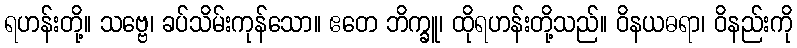
ရဟန်းတို့။ သဗ္ဗေ၊ ခပ်သိမ်းကုန်သော။ ဧတေ ဘိက္ခူ၊ ထိုရဟန်းတို့သည်။ ဝိနယဓရာ၊ ဝိနည်းကို